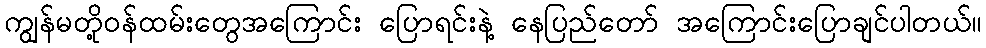
ကျွန်မတို့ဝန်ထမ်းတွေအကြောင်း ပြောရင်းနဲ့ နေပြည်တော် အကြောင်းပြောချင်ပါတယ်။